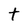
Character: t